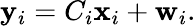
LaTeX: \mathbf{y}_{i}=C_{i}\mathbf{x}_{i}+\mathbf{w}_{i}.